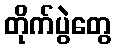
တိုက်ပွဲတွေ